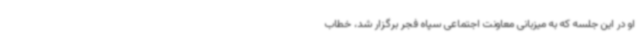
او در این جلسه که به میزبانی معاونت اجتماعی سپاه فجر برگزار شد، خطاب